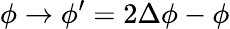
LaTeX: \phi\rightarrow\phi^{\prime}=2\Delta\phi-\phi